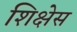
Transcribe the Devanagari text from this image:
शिक्षेस